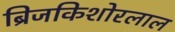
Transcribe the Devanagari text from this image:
ब्रिजकिशोरलाल